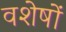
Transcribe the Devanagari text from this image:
वशेषों